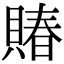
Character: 賰